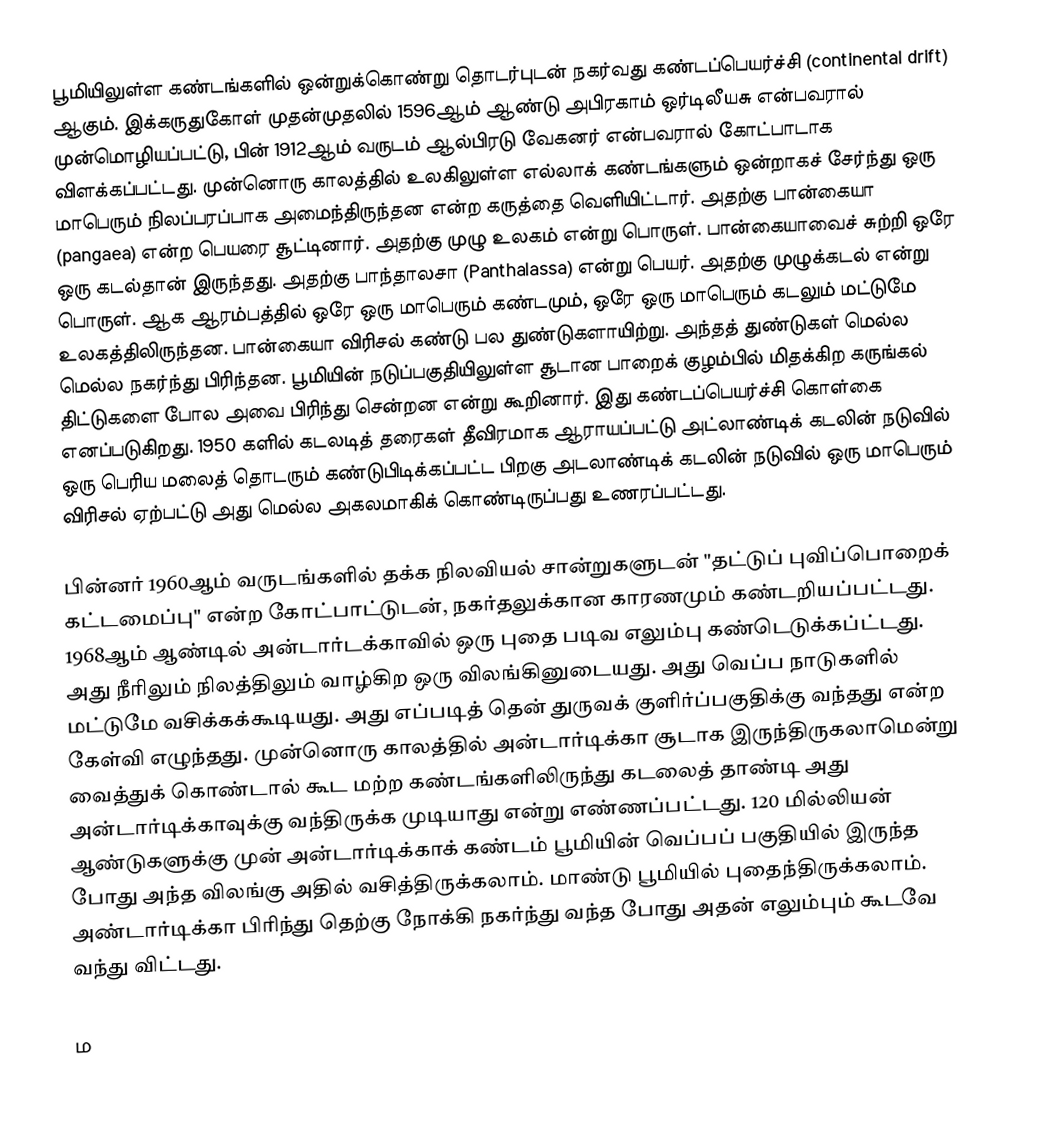
பூமியிலுள்ள கண்டங்களில் ஒன்றுக்கொண்று தொடர்புடன் நகர்வது கண்டப்பெயர்ச்சி (continental drift) ஆகும். இக்கருதுகோள் முதன்முதலில் 1596ஆம் ஆண்டு அபிரகாம் ஒர்டிலீயசு என்பவரால் முன்மொழியப்பட்டு, பின் 1912ஆம் வருடம் ஆல்பிரடு வேகனர் என்பவரால் கோட்பாடாக விளக்கப்பட்டது. முன்னொரு காலத்தில் உலகிலுள்ள எல்லாக் கண்டங்களும் ஒன்றாகச் சேர்ந்து ஒரு மாபெரும் நிலப்பரப்பாக அமைந்திருந்தன என்ற கருத்தை வெளியிட்டார். அதற்கு பான்கையா (pangaea) என்ற பெயரை சூட்டினார். அதற்கு முழு உலகம் என்று பொருள். பான்கையாவைச் சுற்றி ஒரே ஒரு கடல்தான் இருந்தது. அதற்கு பாந்தாலசா (Panthalassa) என்று பெயர். அதற்கு முழுக்கடல் என்று பொருள். ஆக ஆரம்பத்தில் ஒரே ஒரு மாபெரும் கண்டமும், ஒரே ஒரு மாபெரும் கடலும் மட்டுமே உலகத்திலிருந்தன. பான்கையா விரிசல் கண்டு பல துண்டுகளாயிற்று. அந்தத் துண்டுகள் மெல்ல மெல்ல நகர்ந்து பிரிந்தன. பூமியின் நடுப்பகுதியிலுள்ள சூடான பாறைக் குழம்பில் மிதக்கிற கருங்கல் திட்டுகளை போல அவை பிரிந்து சென்றன என்று கூறினார். இது கண்டப்பெயர்ச்சி கொள்கை எனப்படுகிறது. 1950 களில் கடலடித் தரைகள் தீவிரமாக ஆராயப்பட்டு அட்லாண்டிக் கடலின் நடுவில் ஒரு பெரிய மலைத் தொடரும் கண்டுபிடிக்கப்பட்ட பிறகு அடலாண்டிக் கடலின் நடுவில் ஒரு மாபெரும் விரிசல் ஏற்பட்டு அது மெல்ல அகலமாகிக் கொண்டிருப்பது உணரப்பட்டது.

பின்னர் 1960ஆம் வருடங்களில் தக்க நிலவியல் சான்றுகளுடன் "தட்டுப் புவிப்பொறைக் கட்டமைப்பு" என்ற கோட்பாட்டுடன், நகர்தலுக்கான காரணமும் கண்டறியப்பட்டது. 1968ஆம் ஆண்டில் அன்டார்டக்காவில் ஒரு புதை படிவ எலும்பு கண்டெடுக்கப்ட்டது. அது நீரிலும் நிலத்திலும் வாழ்கிற ஒரு விலங்கினுடையது. அது வெப்ப நாடுகளில் மட்டுமே வசிக்கக்கூடியது. அது எப்படித் தென் துருவக் குளிர்ப்பகுதிக்கு வந்தது என்ற கேள்வி எழுந்தது. முன்னொரு காலத்தில் அன்டார்டிக்கா சூடாக இருந்திருகலாமென்று வைத்துக் கொண்டால் கூட மற்ற கண்டங்களிலிருந்து கடலைத் தாண்டி அது அன்டார்டிக்காவுக்கு வந்திருக்க முடியாது என்று எண்ணப்பட்டது. 120 மில்லியன் ஆண்டுகளுக்கு முன் அன்டார்டிக்காக் கண்டம் பூமியின் வெப்பப் பகுதியில் இருந்த போது அந்த விலங்கு அதில் வசித்திருக்கலாம். மாண்டு பூமியில் புதைந்திருக்கலாம். அண்டார்டிக்கா பிரிந்து தெற்கு நோக்கி நகர்ந்து வந்த போது அதன் எலும்பும் கூடவே வந்து விட்டது.

ம